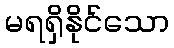
မရရှိနိုင်သော